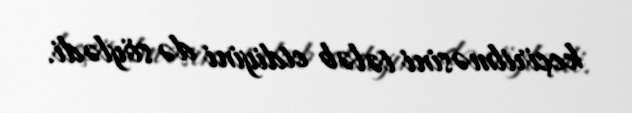
keçirilməsini tələb etdiyini də söylədi.